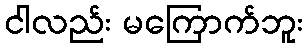
ငါလည်း မကြောက်ဘူး